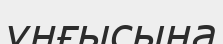
ұңғысына